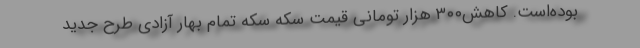
بوده‌است. کاهش۳۰۰ هزار تومانی قیمت سکه سکه تمام بهار آزادی طرح جدید